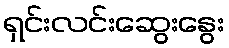
ရှင်းလင်းဆွေးနွေး